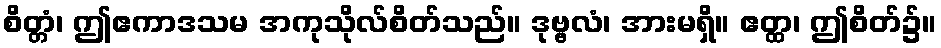
စိတ္တံ၊ ဤဧကာဒသမ အကုသိုလ်စိတ်သည်။ ဒုဗ္ဗလံ၊ အားမရှိ။ ဧတ္ထ၊ ဤစိတ်၌။